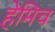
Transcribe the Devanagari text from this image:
हेमिच